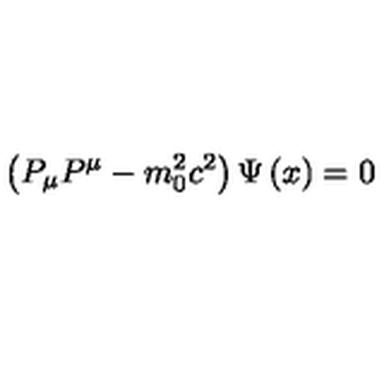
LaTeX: \left( P _ { \mu } P ^ { \mu } - m _ { 0 } ^ { 2 } c ^ { 2 } \right) \Psi \left( x \right) = 0